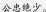
公忠绝少。